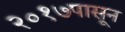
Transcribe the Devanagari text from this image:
२०१७पासून